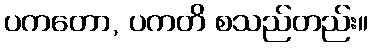
ပကတော, ပကတိ စသည်တည်း။